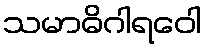
သမာဓိဂါရဝေါ